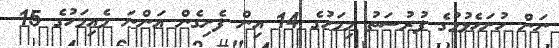
ނަން ހުށަހެޅުމުގެ ފުރުސަތު މިމަހުގެ 14 އިން ފެށިގެން އަންނަ މެއިމަހުގެ 15